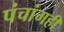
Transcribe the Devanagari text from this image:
पंचांगही